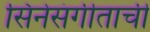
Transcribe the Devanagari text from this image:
सिनेसंगीताची